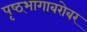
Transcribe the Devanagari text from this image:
पृष्ठ्भागाबरोबर